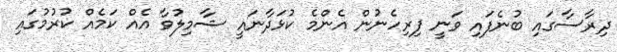
ދިރާސާގައި ބުނެފައި ވަނީ ފިރިހެނުން އެންމެ ކުޅަދާނައީ ޝާމިލުވާ އެއް ކަމެއް ކުރުމުގައިި